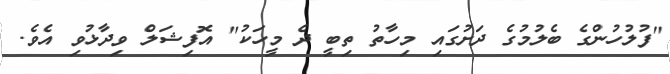
"ފުލުހުންގެ ބެލުމުގެ ދަށުގައި މިހާތު ތިބީ ދެ މީހަކު" އޮފިޝަލް ވިދާޅުވި އެވެ.